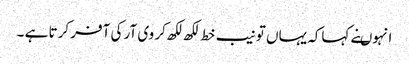
انہوںنے کہاکہ یہاں تو نیب خط لکھ لکھ کر وی آر کی آفر کرتا ہے ۔